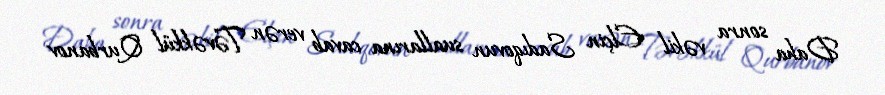
Daha sonra vəkil Elçin Sadıqovun suallarına cavab verən Təvəkkül Qurbanov